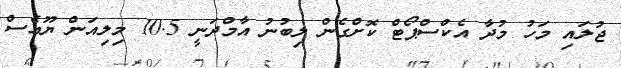
ޖުލައި މަހު މުދާ އެކްސްޕޯޓް ކޮށްގެން ލިބުނު އާމްދަނީ 10.5 މިލިއަން ޔޫއެސް